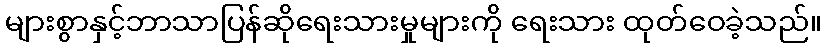
များစွာနှင့်ဘာသာပြန်ဆိုရေးသားမှုများကို ရေးသား ထုတ်ဝေခဲ့သည်။